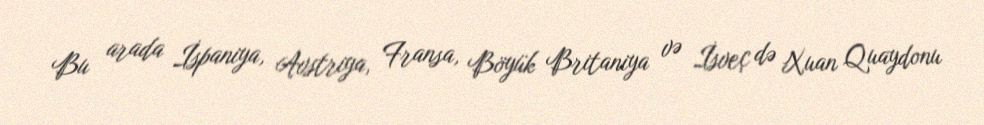
Bu arada İspaniya, Avstriya, Fransa, Böyük Britaniya və İsveç də Xuan Quaydonu